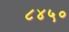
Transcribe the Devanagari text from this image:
८४५०